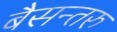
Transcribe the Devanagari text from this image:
बैसन्तरु